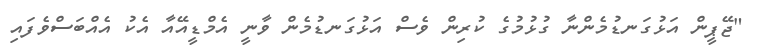
"ޖޭޕީން އަޅުގަނޑުމެންނާ ގުޅުމުގެ ކުރިން ވެސް އަޅުގަނޑުމެން ވާނީ އެމްޑީއޭއާ އެކު އެއްބަސްވެފައި